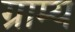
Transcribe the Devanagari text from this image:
ग्राम्‍य